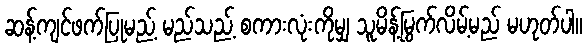
ဆန့်ကျင်ဖက်ပြုမည့် မည်သည့် စကားလုံးကိုမျှ သူမိန့်မြွက်လိမ့်မည် မဟုတ်ပါ။